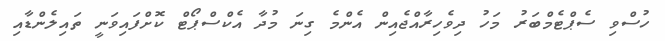
ހުސްވި ސެޕްޓެމްބަރު މަހު ދިވެހިރާއްޖެއިން އެންމެ ގިނަ މުދާ އެކްސްޕޯޓް ކޮށްފައިވަނީ ތައިލެންޑާއި